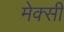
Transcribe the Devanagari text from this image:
मेक्सी